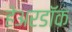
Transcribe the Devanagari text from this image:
हेअरडॉक